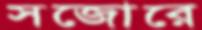
সজোরে